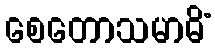
စေတောသမာဓိံ